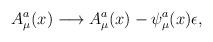
LaTeX: \begin{align*}A^a_{\mu}(x) \longrightarrow A^a_{\mu}(x) - \psi^a_{\mu}(x)\epsilon,\end{align*}